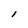
Character: l